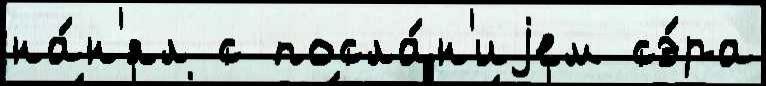
на́н'ял с посла́н'иjем сэ́ра